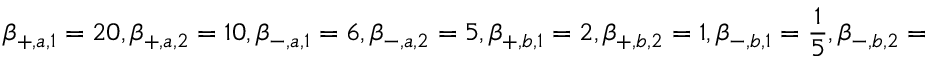
\beta _ { + , a , 1 } = 2 0 , \beta _ { + , a , 2 } = 1 0 , \beta _ { - , a , 1 } = 6 , \beta _ { - , a , 2 } = 5 , \beta _ { + , b , 1 } = 2 , \beta _ { + , b , 2 } = 1 , \beta _ { - , b , 1 } = \frac { 1 } { 5 } , \beta _ { - , b , 2 } = \frac { 1 } { 1 0 }